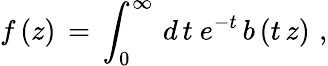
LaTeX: f\, (z)\, =\, \int_{0}^{\infty}\, d\, t\ e^{-t}\, b\, (t\, z)\, \, ,